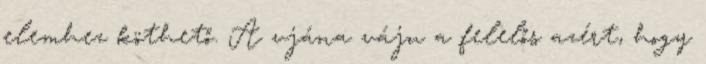
elemhez köthető. A vjána váju a felelős azért, hogy